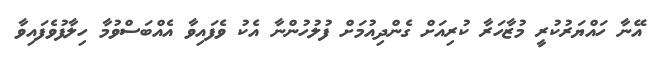
އޭނާ ހައްޔަރުކުރީ މުޒާހަރާ ކުރިއަށް ގެންދިއުމަށް ފުލުހުންނާ އެކު ވެފައިވާ އެއްބަސްވުމާ ހިލާފުވެފައިވާ